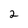
Character: 2